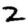
Digit: 2